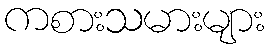
ကစားသမားများ